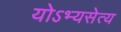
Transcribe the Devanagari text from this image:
योऽभ्यसेत्य